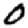
Digit: 0